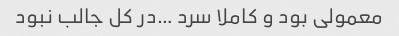
معمولی بود و کاملا سرد …در کل جالب نبود